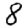
Digit: 8